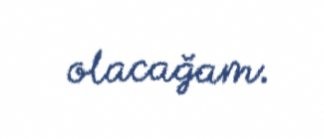
olacağam.